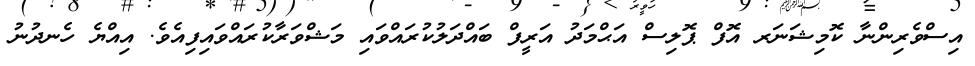
އިސްވެރިންނާ ކޮމިޝަނަރ އޮފް ޕޮލިސް އަޙްމަދު އަރީފް ބައްދަލުކުރައްވައި މަޝްވަރާކުރައްވައިފިއެވެ. އިއްޔެ ހެނދުނު